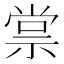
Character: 𬓂